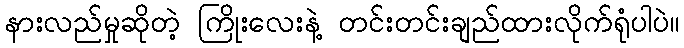
နားလည်မှုဆိုတဲ့ ကြိုးလေးနဲ့ တင်းတင်းချည်ထားလိုက်ရုံပါပဲ။